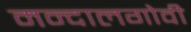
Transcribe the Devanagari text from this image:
मन्दालगोवी